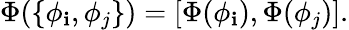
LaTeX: \Phi(\{ \phi_{\mathbf{i}},\phi_{j}\} )=[\Phi(\phi_{\mathbf{i}}),\Phi(\phi_{j})].